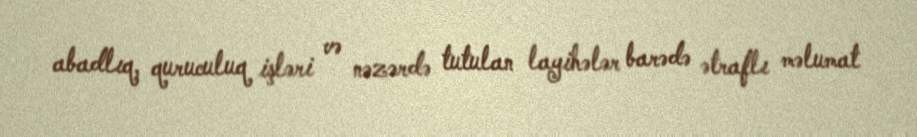
abadlıq, quruculuq işləri və nəzərdə tutulan layihələr barədə ətraflı məlumat